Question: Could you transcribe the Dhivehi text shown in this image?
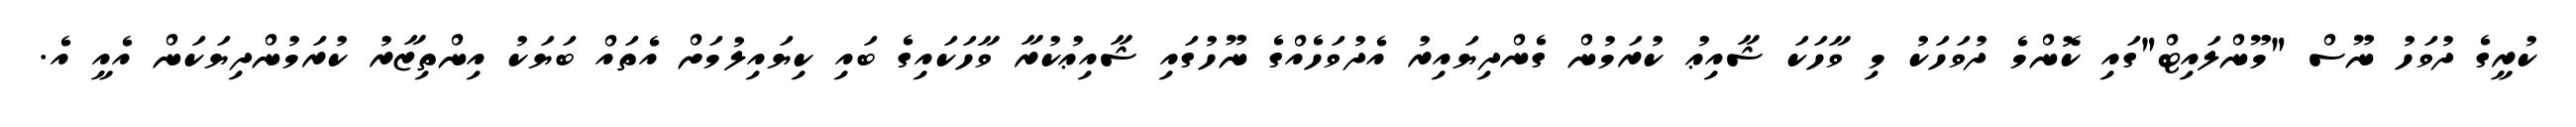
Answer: ކުރީގެ ދުވަހު ނޫސް "މޫންލައިޓް"ގައި ކޮންމެ ދުވަހަކު މި ވާހަކަ ޝާއިޢު ކުރަމުން ގެންދިޔައިރު އެދުވަހެއްގެ ނޫހުގައި ޝާއިޢުކުރާ ވާހަކައިގެ ބައި ކިޔައިލުމަށް އެތައް ބަޔަކު އިންތިޒާރު ކުރަމުންދިޔަކަން އެއީ އެ.